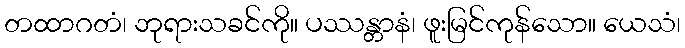
တထာဂတံ၊ ဘုရားသခင်ကို။ ပဿန္တာနံ၊ ဖူးမြင်ကုန်သော။ ယေသံ၊